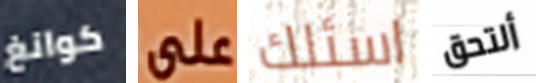
كوانغ على اسئلك ألتحق